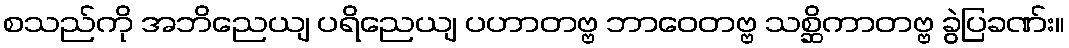
စသည်ကို အဘိညေယျ ပရိညေယျ ပဟာတဗ္ဗ ဘာဝေတဗ္ဗ သစ္ဆိကာတဗ္ဗ ခွဲပြခဏ်း။